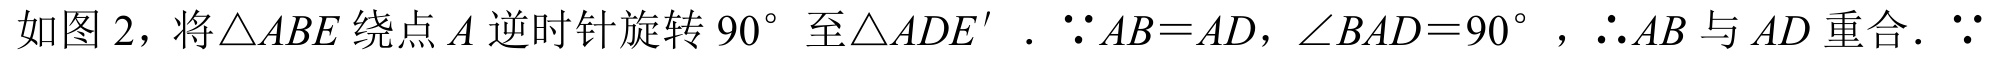
如图 2，将$\triangle ABE$绕点$A$逆时针旋转$90^{\circ}$至$\triangle ADE'$．$\because AB = AD,\angle BAD = 90^{\circ}$，$\therefore AB$与$AD$重合．$\because$